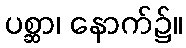
ပစ္ဆာ၊ နောက်၌။